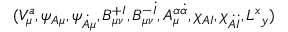
( V _ { \mu } ^ { a } , \psi _ { A \mu } , \psi _ { \dot { A } \mu } , B _ { \mu \nu } ^ { + I } , B _ { \mu \nu } ^ { - \dot { I } } , A _ { \mu } ^ { \alpha \dot { \alpha } } , \chi _ { A I } , \chi _ { \dot { A } \dot { I } } , L _ { \ y } ^ { x } )